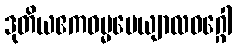
ဒုတိယဧကဓမ္မပေယျာလဝဂ္ဂေါ